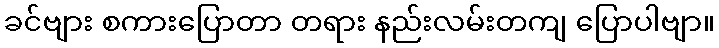
ခင်ဗျား စကားပြောတာ တရား နည်းလမ်းတကျ ပြောပါဗျာ။